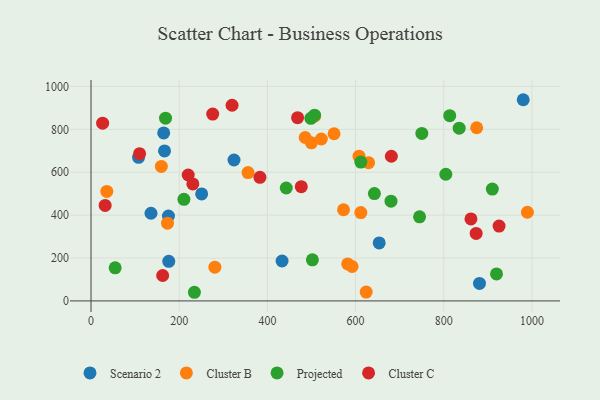
{"axis": {"x": "Distance", "y": "Exam Score"}, "legend": ["Cluster B", "Cluster C", "Projected", "Scenario 2"], "data": [{"x": "164.8", "y": 783.2, "type": "Scenario 2"}, {"x": "107.8", "y": 669.3, "type": "Scenario 2"}, {"x": "175.6", "y": 395.6, "type": "Scenario 2"}, {"x": "881.1", "y": 81.7, "type": "Scenario 2"}, {"x": "176.3", "y": 184.6, "type": "Scenario 2"}, {"x": "250.9", "y": 498.9, "type": "Scenario 2"}, {"x": "433.3", "y": 186.2, "type": "Scenario 2"}, {"x": "980.3", "y": 937.9, "type": "Scenario 2"}, {"x": "166.7", "y": 699.0, "type": "Scenario 2"}, {"x": "136.0", "y": 408.6, "type": "Scenario 2"}, {"x": "324.3", "y": 656.9, "type": "Scenario 2"}, {"x": "653.6", "y": 270.5, "type": "Scenario 2"}, {"x": "989.7", "y": 413.3, "type": "Cluster B"}, {"x": "611.9", "y": 411.9, "type": "Cluster B"}, {"x": "522.4", "y": 754.7, "type": "Cluster B"}, {"x": "280.9", "y": 157.3, "type": "Cluster B"}, {"x": "35.8", "y": 510.6, "type": "Cluster B"}, {"x": "173.4", "y": 362.2, "type": "Cluster B"}, {"x": "624.1", "y": 41.4, "type": "Cluster B"}, {"x": "629.5", "y": 644.6, "type": "Cluster B"}, {"x": "485.7", "y": 761.7, "type": "Cluster B"}, {"x": "551.2", "y": 779.4, "type": "Cluster B"}, {"x": "572.7", "y": 424.9, "type": "Cluster B"}, {"x": "592.1", "y": 160.4, "type": "Cluster B"}, {"x": "607.9", "y": 674.7, "type": "Cluster B"}, {"x": "582.2", "y": 172.3, "type": "Cluster B"}, {"x": "507.0", "y": 861.4, "type": "Cluster B"}, {"x": "159.5", "y": 627.2, "type": "Cluster B"}, {"x": "356.1", "y": 598.4, "type": "Cluster B"}, {"x": "874.7", "y": 807.3, "type": "Cluster B"}, {"x": "499.8", "y": 737.2, "type": "Cluster B"}, {"x": "919.7", "y": 125.9, "type": "Projected"}, {"x": "507.0", "y": 866.1, "type": "Projected"}, {"x": "54.7", "y": 154.4, "type": "Projected"}, {"x": "442.8", "y": 526.3, "type": "Projected"}, {"x": "498.6", "y": 851.2, "type": "Projected"}, {"x": "745.2", "y": 392.1, "type": "Projected"}, {"x": "234.5", "y": 40.3, "type": "Projected"}, {"x": "502.1", "y": 191.7, "type": "Projected"}, {"x": "210.7", "y": 473.4, "type": "Projected"}, {"x": "169.0", "y": 852.0, "type": "Projected"}, {"x": "804.7", "y": 590.6, "type": "Projected"}, {"x": "813.6", "y": 863.6, "type": "Projected"}, {"x": "680.4", "y": 465.1, "type": "Projected"}, {"x": "910.2", "y": 521.3, "type": "Projected"}, {"x": "611.9", "y": 647.2, "type": "Projected"}, {"x": "642.7", "y": 500.2, "type": "Projected"}, {"x": "835.0", "y": 805.2, "type": "Projected"}, {"x": "750.3", "y": 781.0, "type": "Projected"}, {"x": "162.5", "y": 118.5, "type": "Cluster C"}, {"x": "861.7", "y": 382.4, "type": "Cluster C"}, {"x": "230.9", "y": 545.3, "type": "Cluster C"}, {"x": "383.1", "y": 576.2, "type": "Cluster C"}, {"x": "476.9", "y": 532.7, "type": "Cluster C"}, {"x": "319.9", "y": 912.2, "type": "Cluster C"}, {"x": "925.5", "y": 349.1, "type": "Cluster C"}, {"x": "276.0", "y": 871.2, "type": "Cluster C"}, {"x": "32.0", "y": 445.2, "type": "Cluster C"}, {"x": "681.2", "y": 674.4, "type": "Cluster C"}, {"x": "468.5", "y": 854.0, "type": "Cluster C"}, {"x": "26.3", "y": 828.4, "type": "Cluster C"}, {"x": "110.1", "y": 686.2, "type": "Cluster C"}, {"x": "220.4", "y": 586.9, "type": "Cluster C"}, {"x": "873.5", "y": 314.8, "type": "Cluster C"}]}